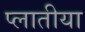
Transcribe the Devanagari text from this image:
प्लातीया